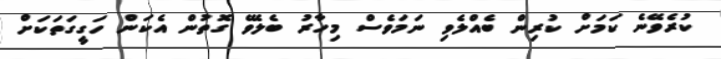
ކުރެވޭނެ ކަމަށް ކުރިން ބެއްލެވި ނަމަވެސް މިހާރު ބެލެވޭ ގޮތުން އެކަން ހަގީގަތަކަށް